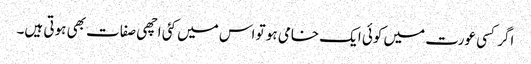
اگر کسی عورت میں کوئی ایک خامی ہو تو اس میں کئی اچھی صفات بھی ہوتی ہیں۔